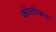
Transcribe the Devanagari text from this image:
कोलोफन